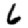
Digit: 6